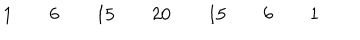
LaTeX: \begin{array} { c c c c c c c c c c c c c c c c c } { { } } & { { } } & { { 1 } } & { { } } & { { 6 } } & { { } } & { { 1 5 } } & { { } } & { { 2 0 } } & { { } } & { { 1 5 } } & { { } } & { { 6 } } & { { } } & { { 1 } } & { { } } & { { } } \\ \end{array}